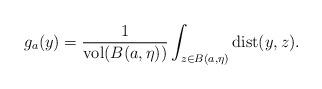
LaTeX: \begin{align*}g_{a}(y)=\frac{1}{\mathrm{vol}(B(a,\eta ))}\int_{z\in B(a,\eta )}\mathrm{dist}(y,z). \end{align*}